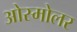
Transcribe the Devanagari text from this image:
ओस्मोलर